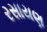
રસાયણ